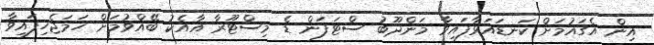
އިން އެގައުމަށް ކަނޑައަޅާފައިވާ މަންދޫބު ސްޓަފަން ޑެ މިސްޓޫރާ އާއެކު ބޭއްވުމަށް ހަމަޖެހިފައިވާ